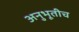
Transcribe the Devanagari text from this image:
अनुभूतीच